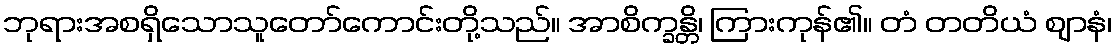
ဘုရားအစရှိသောသူတော်ကောင်းတို့သည်။ အာစိက္ခန္တိ၊ ကြားကုန်၏။ တံ တတိယံ ဈာနံ၊